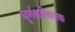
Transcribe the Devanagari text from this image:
घूर्णक्षस्थिरक